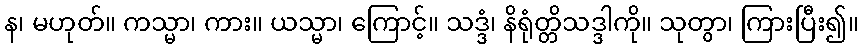
န၊ မဟုတ်။ ကသ္မာ၊ ကား။ ယသ္မာ၊ ကြောင့်။ သဒ္ဒံ၊ နိရုံတ္တိသဒ္ဒါကို။ သုတွာ၊ ကြားပြီး၍။